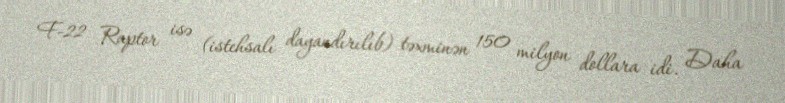
F-22 Raptor isə (istehsalı dayandırılıb) təxminən 150 milyon dollara idi. Daha